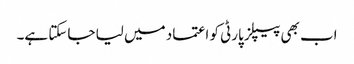
اب بھی پیپلز پارٹی کو اعتماد میں لیا جاسکتا ہے۔